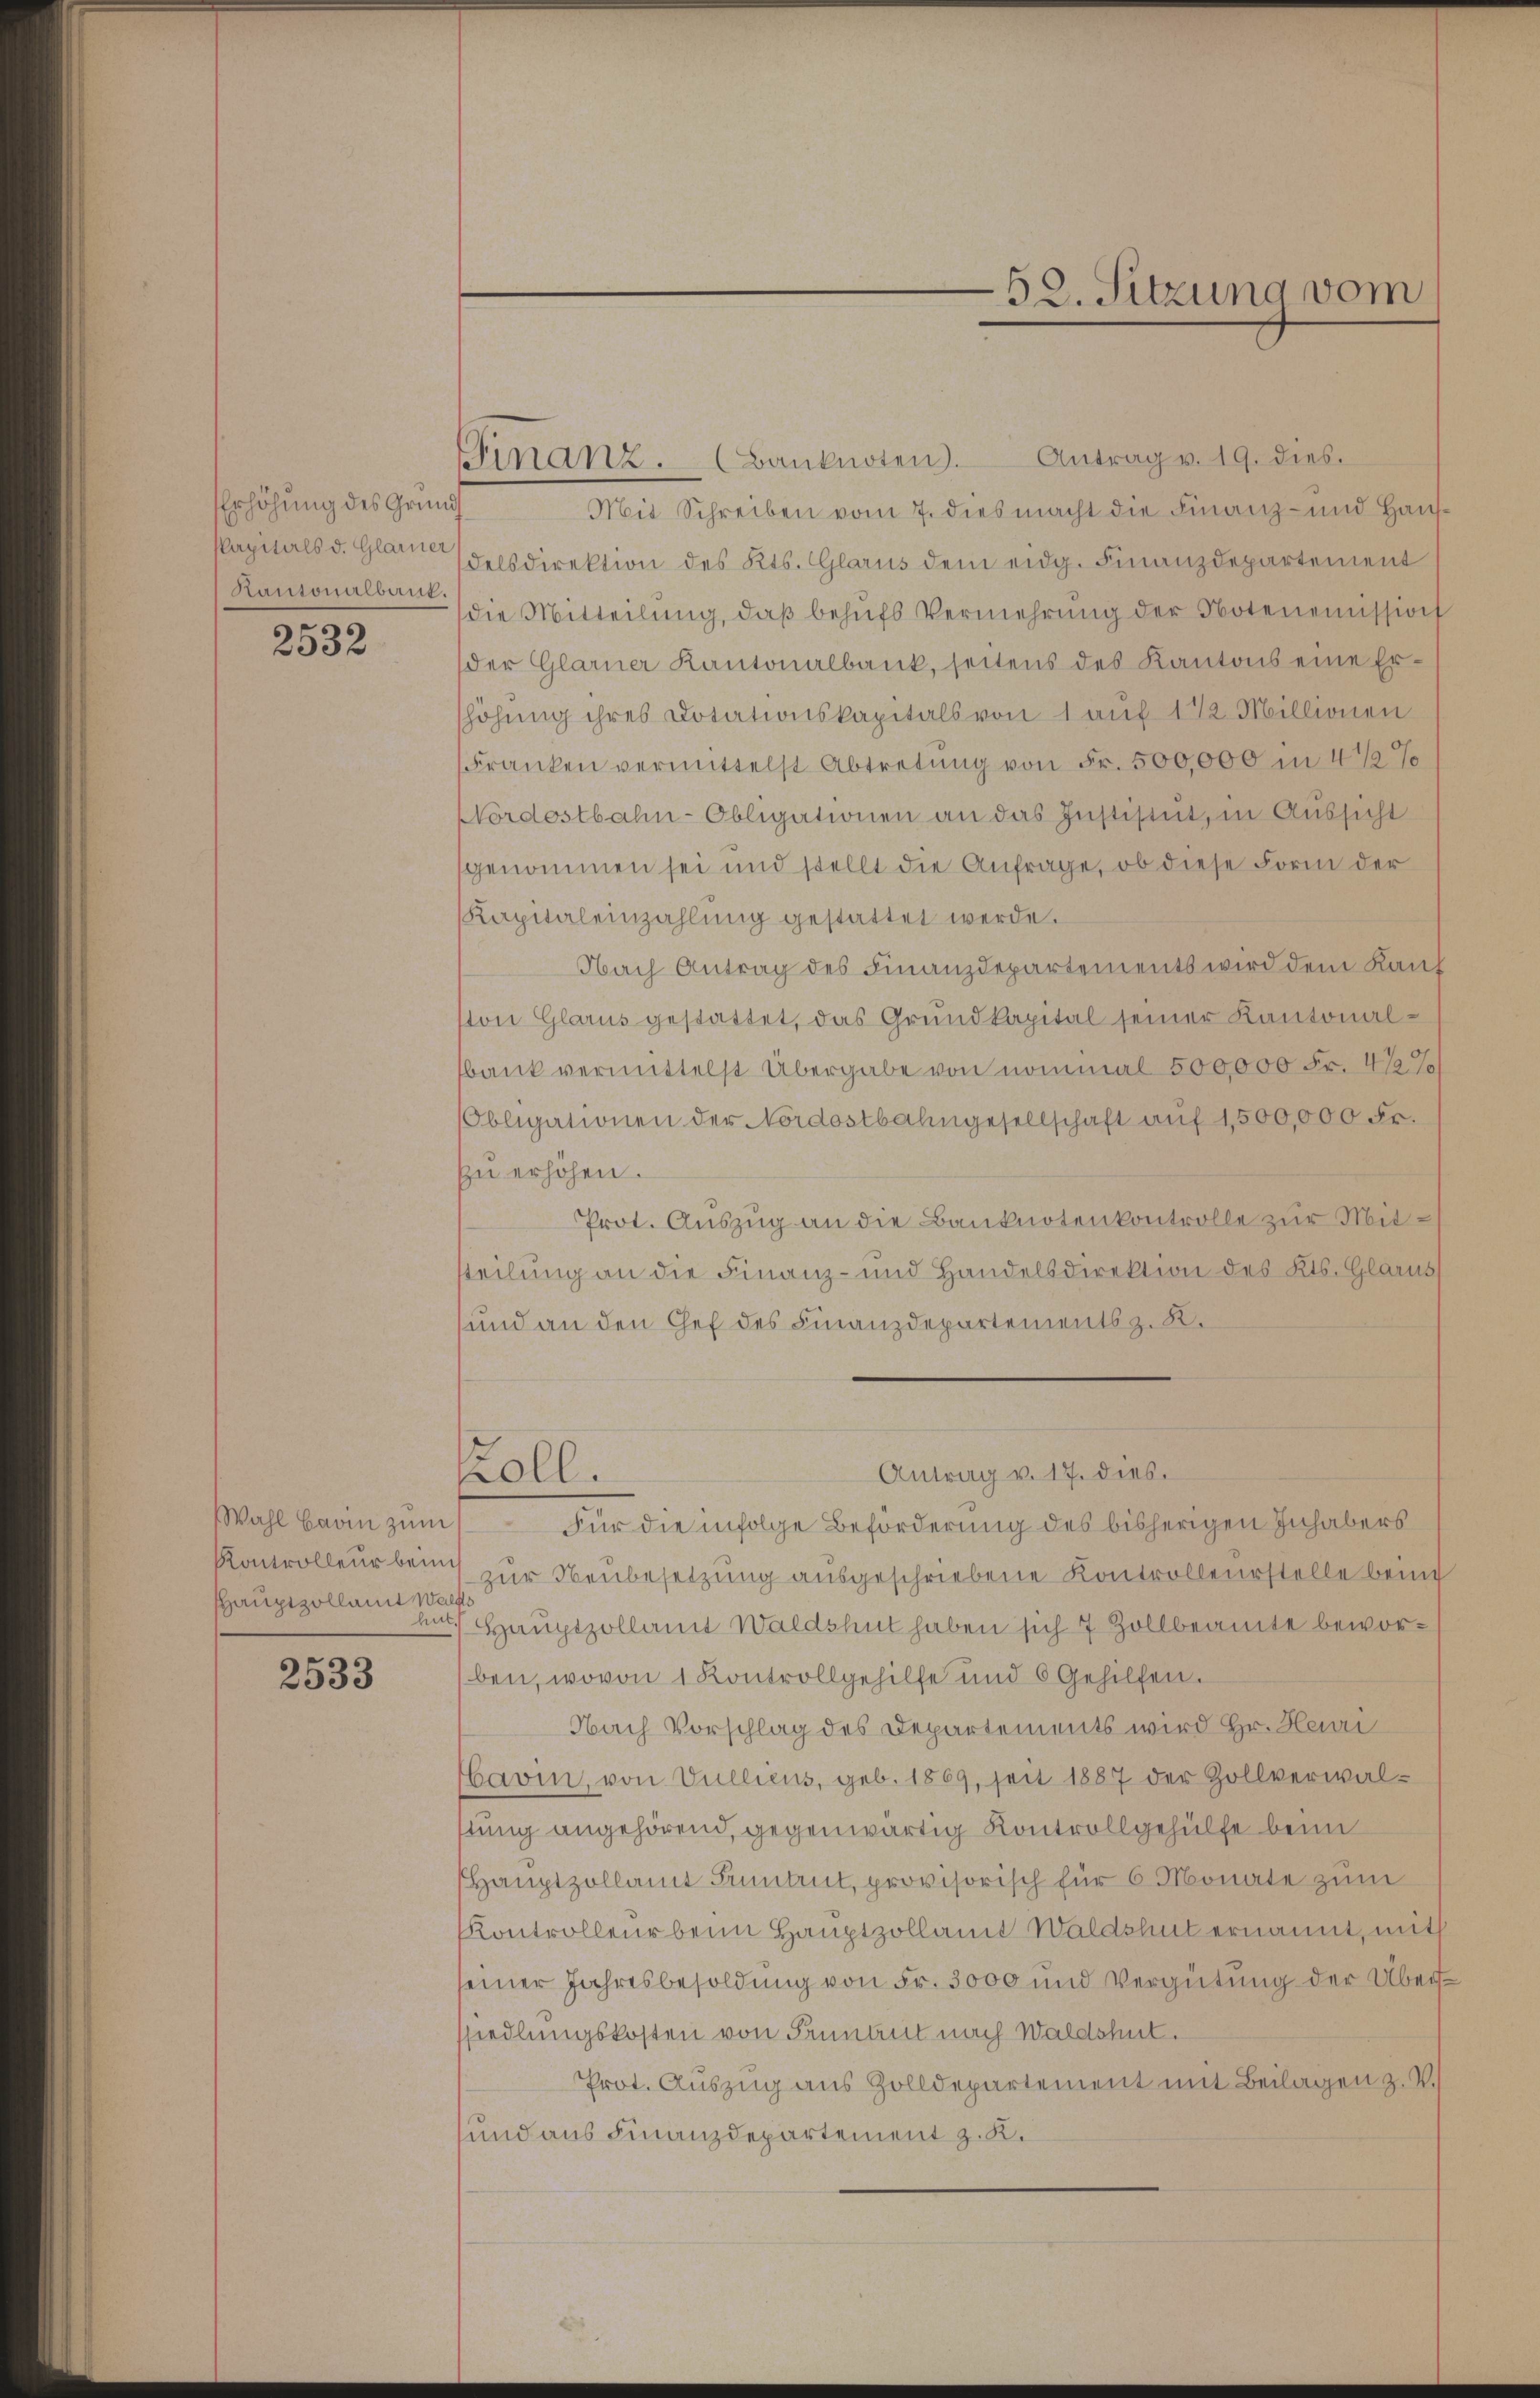
Erhöhung des Grund
Plapitals d. Glarner
Kantonalbank,

2532

Wahl Bern zum
Kontrolleur beme
Hauptzollamt Was
hut

2533

Finanz. (Banknoten. Antrag v. 19. dies
Mit Schreiben vom 7. dies macht die Finanz- und Hausdelsdirektion des Kts. Glarus dem eidg. Finanzdepartement
die Mitteilŭng, daβ behŭfs Vermehrung der Notenemission
der Glarner Kantonalbank, seitens des Kantons eine Er-
höhung ihres Dotationskapitals von 1 auf 1 1/2 Millionen
Franken vermittelst Abtretŭng von Fr. 500,000 in 4 1/2%
NNordostbahn-Obligationen an das Institut, in Aussicht
genommen sei und stellt die Anfrage, ob diese Form der
Kapitaleinzahlŭng gestattet werde.
Nach Antrag des Finanzdepartements wird dem Kauf
ton Glarus gestattet, das Grundkapital seiner Kantonalbank vermittelst Übergabe von nommal 500,000 Fr. 472 %
Obligationen der Nordostbahngesellschaft aŭf 1500,000 Fr.
zu erhöhen.
Prot. Auszug an die Banknotenkontrolle zur Mitteilung an die Finanz- und Handelsdirektion des Kts. Glarus
und an den Chef des Finanzdepartements z. R.
Antrag v. 17. dies.
koll.
Für die infolge Beförderung des bisherigen Inhabers
zur Neubesetzung ausgeschriebene Kontrolleurstelle beim
Hauptzollamt Waldshut haben sich 7 Zollbeamte beworben, wovon 1 Kontrollgehilfe und 6 Gehilfen.
Nach Vorschlag des Departements wird Hr. Heuri
bavin, von Vulliens, geb. 1869, seit 1887 der Zollverwaltung angehörend, gegenwärtig Kontrollgehülfe beim
Hauptzollamt Hintrut, provisorisch für 6 Monate zum
Kontrolleur beim Hauptzollamt Waldshut ernannt, mit
einer Jahresbesoldung von Fr. 3000 und Vergütung der Übersiedlungskosten von Frunaut nach Waldshut.
Prot. Auszug aus Zolldepartement mit Beilagen z. T.)
und aus Finanzdepartement z. K.

52. Sitzung vom